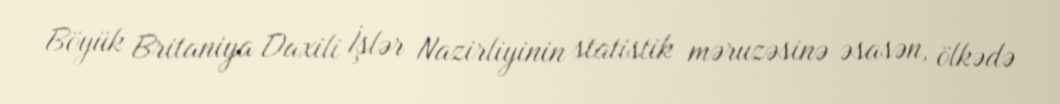
Böyük Britaniya Daxili İşlər Nazirliyinin statistik məruzəsinə əsasən, ölkədə